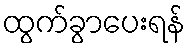
ထွက်ခွာပေးရန်